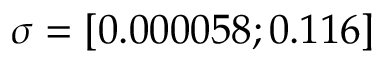
\sigma = [ 0 . 0 0 0 0 5 8 ; 0 . 1 1 6 ]